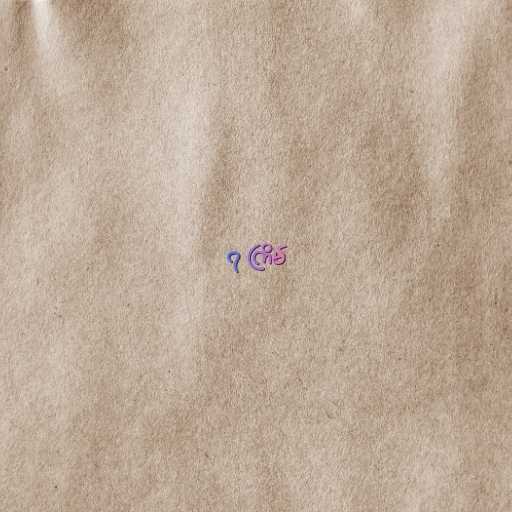
၇ ကြိမ်